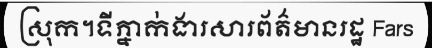
ស្រុក។ទីភ្នាក់ងារសារព័ត៌មានរដ្ឋ Fars